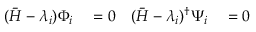
\begin{array} { r l r l } { ( \bar { H } - \lambda _ { i } ) \Phi _ { i } } & { { } = 0 } & { ( \bar { H } - \lambda _ { i } ) ^ { \dagger } \Psi _ { i } } & { { } = 0 } \end{array}